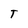
Character: T